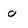
Character: O